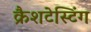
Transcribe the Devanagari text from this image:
क्रैशटेस्टिंग